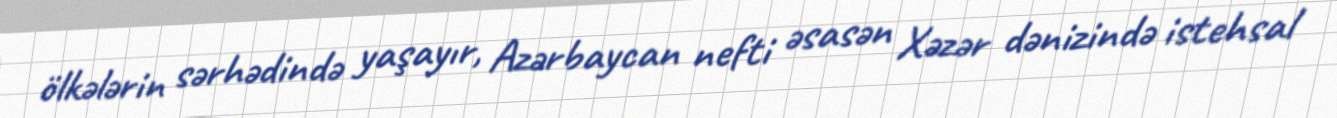
ölkələrin sərhədində yaşayır, Azərbaycan nefti əsasən Xəzər dənizində istehsal